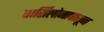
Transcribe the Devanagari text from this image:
बार्सिलोनापासून